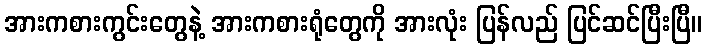
အားကစားကွင်းတွေနဲ့ အားကစားရုံတွေကို အားလုံး ပြန်လည် ပြင်ဆင်ပြီးပြီ။